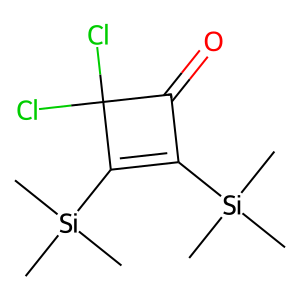
SMILES: C[Si](C)(C)C1=C([Si](C)(C)C)C(Cl)(Cl)C1=O
Inhibits HIV replication: No